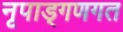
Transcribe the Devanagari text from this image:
नृपाड्गणगत